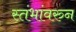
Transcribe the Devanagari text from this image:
स्तंभांवरुन